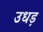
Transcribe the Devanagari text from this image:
उधड़